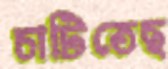
চাটিতেছ